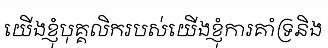
យើងខ្ញុំបុគ្គលិករបស់យើងខ្ញុំការគាំទ្រនិង